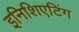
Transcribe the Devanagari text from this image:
इनिशिएटिंग